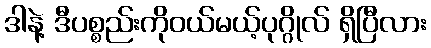
ဒါနဲ့ ဒီပစ္စည်းကိုဝယ်မယ့်ပုဂ္ဂိုလ် ရှိပြီလား